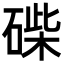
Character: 𥓽